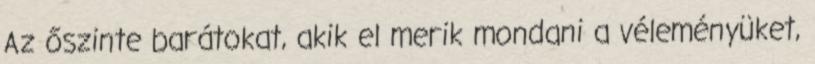
Az őszinte barátokat, akik el merik mondani a véleményüket,